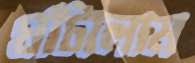
ঘাঁটালাম